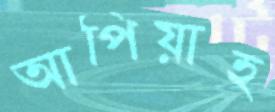
আপিয়াহ